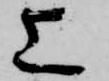
上